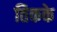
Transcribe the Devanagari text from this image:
तिकके